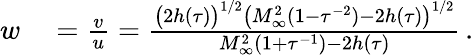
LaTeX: \begin{array}{rl}{w}&{{}=\frac{v}{u}=\frac{\big(2h(\tau)\big)^{1/2}\big(M_{\infty}^{2}(1-\tau^{-2})-2h(\tau)\big)^{1/2}}{M_{\infty}^{2}(1+\tau^{-1})-2h(\tau)}\, .}\end{array}